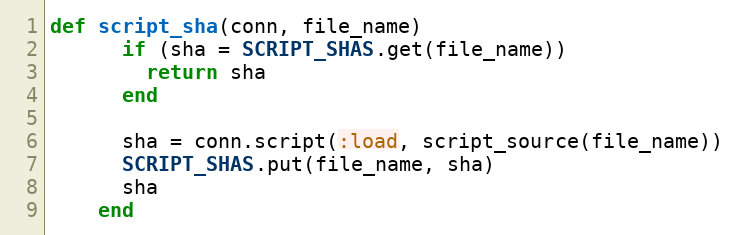
Language: Ruby
def script_sha(conn, file_name)
      if (sha = SCRIPT_SHAS.get(file_name))
        return sha
      end

      sha = conn.script(:load, script_source(file_name))
      SCRIPT_SHAS.put(file_name, sha)
      sha
    end